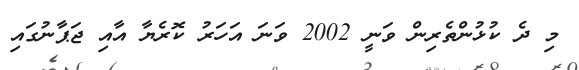
މި ދެ ކުޅުންތެރިން ވަނީ 2002 ވަނަ އަހަރު ކޮރެޔާ އާއި ޖަޕާނުގައި